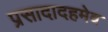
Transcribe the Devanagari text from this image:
प्रसादादहमेव